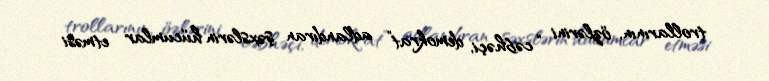
trollarının, özlərini “cəbhəçi, demokrat” adlandıran şəxslərin hücumlar etməsi